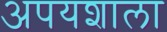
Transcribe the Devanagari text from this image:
अपयशाला